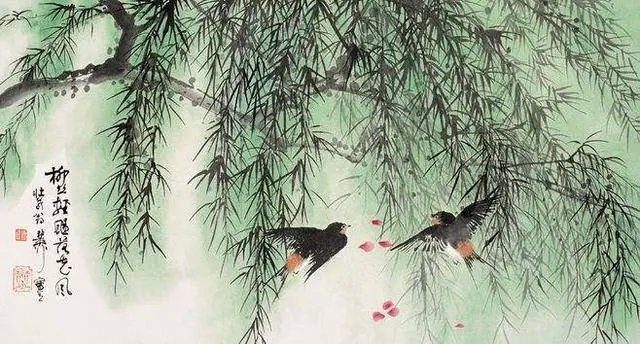
两岸月桥花半吐。红透肌香，暗把游人误。